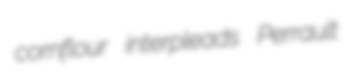
cornflour interpleads Perrault